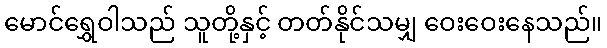
မောင်ရွှေဝါသည် သူတို့နှင့် တတ်နိုင်သမျှ ဝေးဝေးနေသည်။